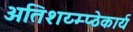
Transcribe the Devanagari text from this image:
अतिशय्म्प्ठेकार्य